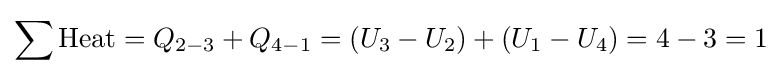
\sum {\text{Heat}}=Q_{2-3}+Q_{4-1}=\left(U_{3}-U_{2}\right)+\left(U_{1}-U_{4}\right)=4-3=1